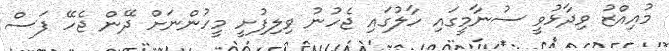
މުއިއްޒު ވިދާޅުވީ ސުނާމީގައި ހާލުގައި ޖެހުނު ވިލިފުށީ މީހުންނަށް ދޭން ޖެހޭ ފަސް